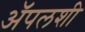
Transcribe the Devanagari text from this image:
अॅपलशी